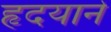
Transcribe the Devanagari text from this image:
हृदयाने